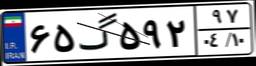
۶۵گ۵۹۲۹۷